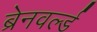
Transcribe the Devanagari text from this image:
ब्रेनवर्ल्ड